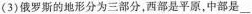
(3)俄罗斯的地形分为三部分，西部是平原，中部是___